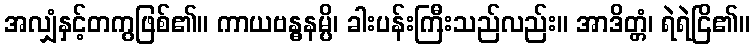
အလျှံနှင့်တကွဖြစ်၏။ ကာယဗန္ဓနမ္ပိ၊ ခါးပန်းကြီးသည်လည်း။ အာဒိတ္တံ၊ ရဲရဲငြိ၏။